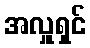
အလှူရှင်